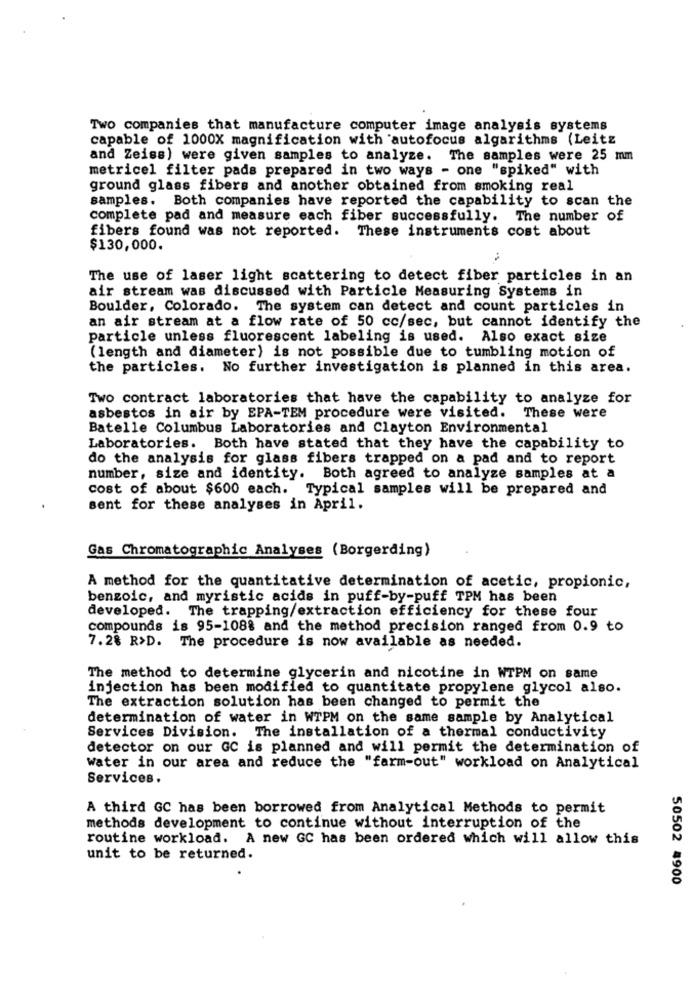
Two companies that manufacture computer image analysis systems
capable of 1000X magnification with autofocus algarithms (Leitz
and Zeiss) were given samples to analyze. The samples were 25 mm
metricel filter pads prepared in two ways - one "spiked" with
ground glass fibers and another obtained from smoking real
samples. Both companies have reported the capability to scan the
complete pad and measure each fiber successfully. The number of
fibers found was not reported. These instruments cost about
$130,000.
The use of laser light scattering to detect fiber particles in an
air stream was discussed with Particle Measuring Systems in
Boulder, Colorado. The system can detect and count particles in
an air stream at a flow rate of 50 cc/sec, but cannot identify the
particle unless fluorescent labeling is used. Also exact size
(length and diameter) is not possible due to tumbling motion of
the particles. No further investigation is planned in this area.
Two contract laboratories that have the capability to analyze for
asbestos in air by EPA-TEM procedure were visited. These were
Batelle Columbus Laboratories and Clayton Environmental
Laboratories. Both have stated that they have the capability to
do the analysis for glass fibers trapped on a pad and to report
number, size and identity. Both agreed to analyze samples at a
cost of about $600 each. Typical samples will be prepared and
sent for these analyses in April.
Gas Chromatographic Analyses (Borgerding)
A method for the quantitative determination of acetic, propionic,
benzoic, and myristic acids in puff-by-puff TPM has been
developed. The trapping/extraction efficiency for these four
compounds is 95-1088 and the method precision ranged from 0.9 to
7.28 R>D. The procedure is now available as needed.
The method to determine glycerin and nicotine in WTPM on same
injection has been modified to quantitate propylene glycol also.
The extraction solution has been changed to permit the
determination of water in WTPM on the same sample by Analytical
Services Division. The installation of a thermal conductivity
detector on our GC is planned and will permit the determination of
Water in our area and reduce the "farm-out" workload on Analytical
Services.
A third GC has been borrowed from Analytical Methods to permit
methods development to continue without interruption of the
routine workload. A new GC has been ordered which will allow this
unit to be returned.
50502 4900